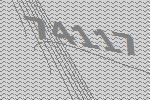
74117